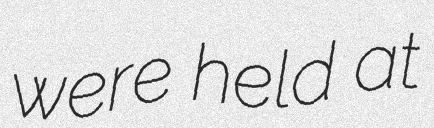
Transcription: were held at